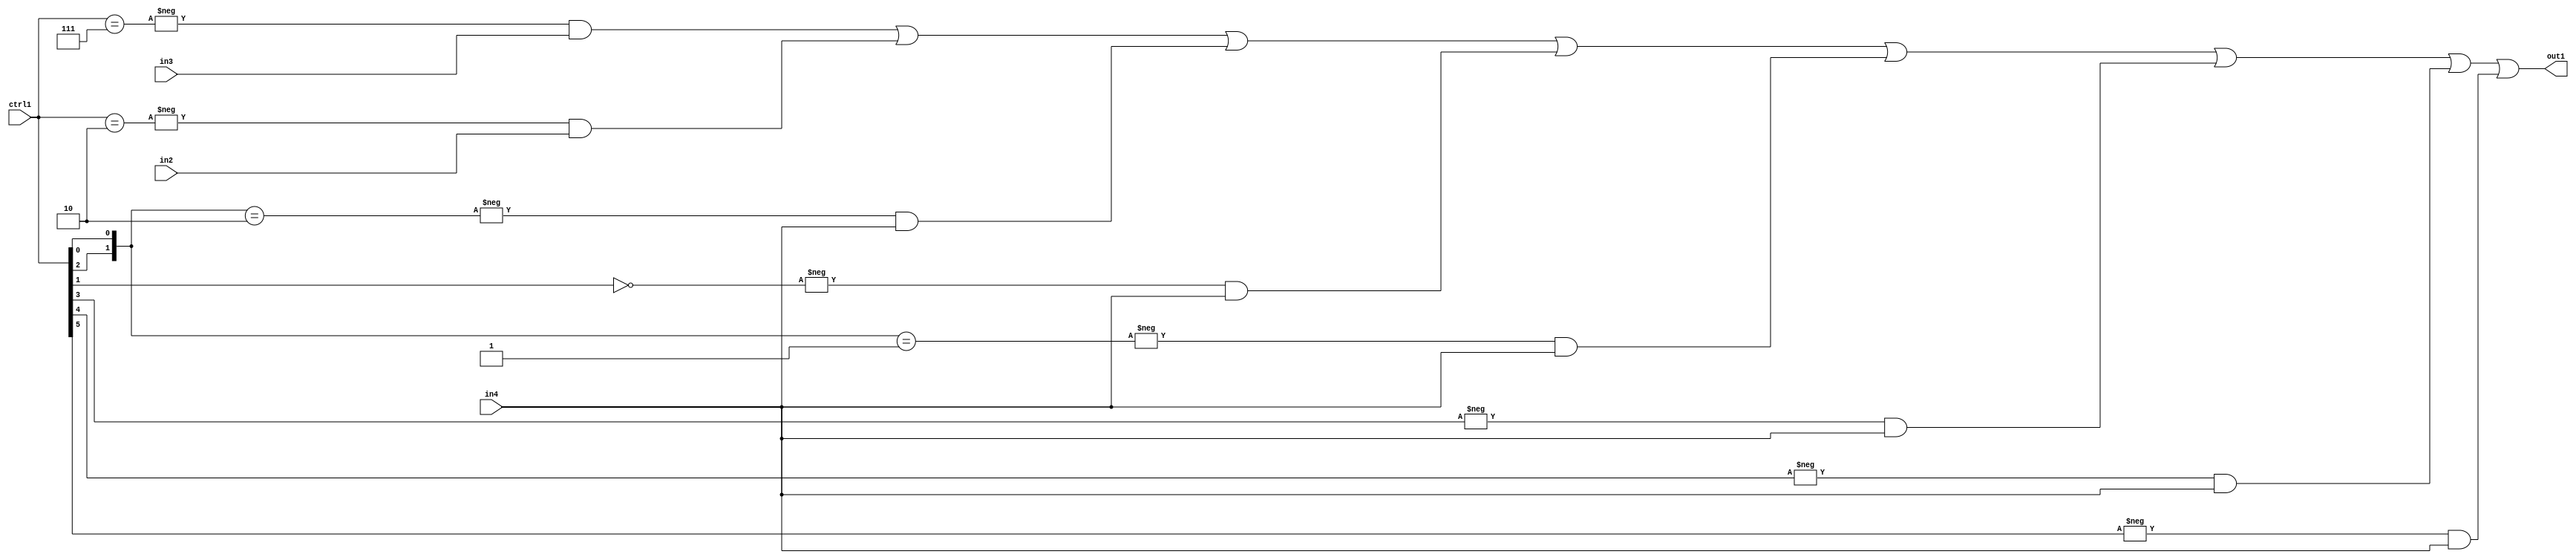
`timescale 1ps / 1ps
/*****************************************************************************
    Verilog RTL Description
    
    
    Created by: Stratus DpOpt 21.05.01 
*******************************************************************************/

module SobelFilter_N_Mux_32_3_95_1 (
	in4,
	in3,
	in2,
	ctrl1,
	out1
	); /* architecture "behavioural" */ 
input [31:0] in4;
input [8:0] in3,
	in2;
input [5:0] ctrl1;
output [31:0] out1;
wire [31:0] asc001;

assign asc001 = 
	-{ctrl1 == 6'B000111} & in3 |
	-{ctrl1 == 6'B000010} & in2 |
	-{{ctrl1[2], ctrl1[0]} == 2'B10} & in4 |
	-{ctrl1[1] == 1'B0} & in4 |
	-{{ctrl1[2], ctrl1[0]} == 2'B01} & in4 |
	-{ctrl1[3] == 1'B1} & in4 |
	-{ctrl1[4] == 1'B1} & in4 |
	-{ctrl1[5] == 1'B1} & in4 ;

assign out1 = asc001;
endmodule

/* CADENCE  v7n5SwA= : u9/ySxbfrwZIxEzHVQQV8Q== ** DO NOT EDIT THIS LINE ******/